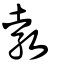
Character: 㪍